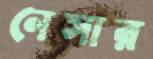
নেসার